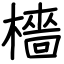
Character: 檣